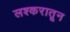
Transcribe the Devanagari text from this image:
लश्करातून